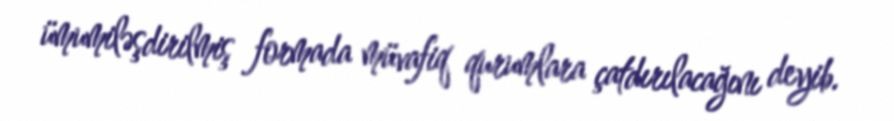
ümumiləşdirilmiş formada müvafiq qurumlara çatdırılacağını deyib.